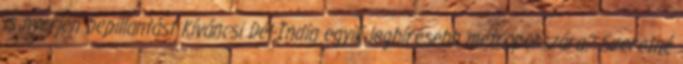
is nyerjen bepillantást Kíváncsi Dél-India egyik leghíresebb metropoliszára? Szeretné